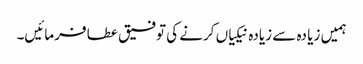
ہمیں زیا دہ سے زیادہ نیکیاں کرنے کی توفیق عطا فرمائیں۔